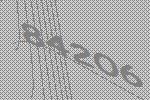
84206